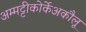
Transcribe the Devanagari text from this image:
अम्मट्टीकोर्केअकौलू